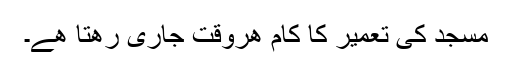
مسجد کی تعمیر کا کام ھروقت جاری رھتا ھے۔